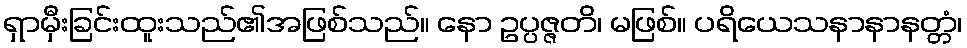
ရှာမှီးခြင်းထူးသည်၏အဖြစ်သည်။ နော ဥပ္ပဇ္ဇတိ၊ မဖြစ်။ ပရိယေသနာနာနတ္တံ၊